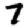
Digit: 7